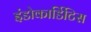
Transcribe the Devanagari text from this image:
इंडोकार्डिटिस